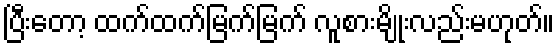
ပြီးတော့ ထက်ထက်မြက်မြက် လူစားမျိုးလည်းမဟုတ်။